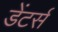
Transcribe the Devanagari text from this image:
डेंटर्स